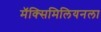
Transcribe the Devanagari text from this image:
मॅक्सिमिलियनला